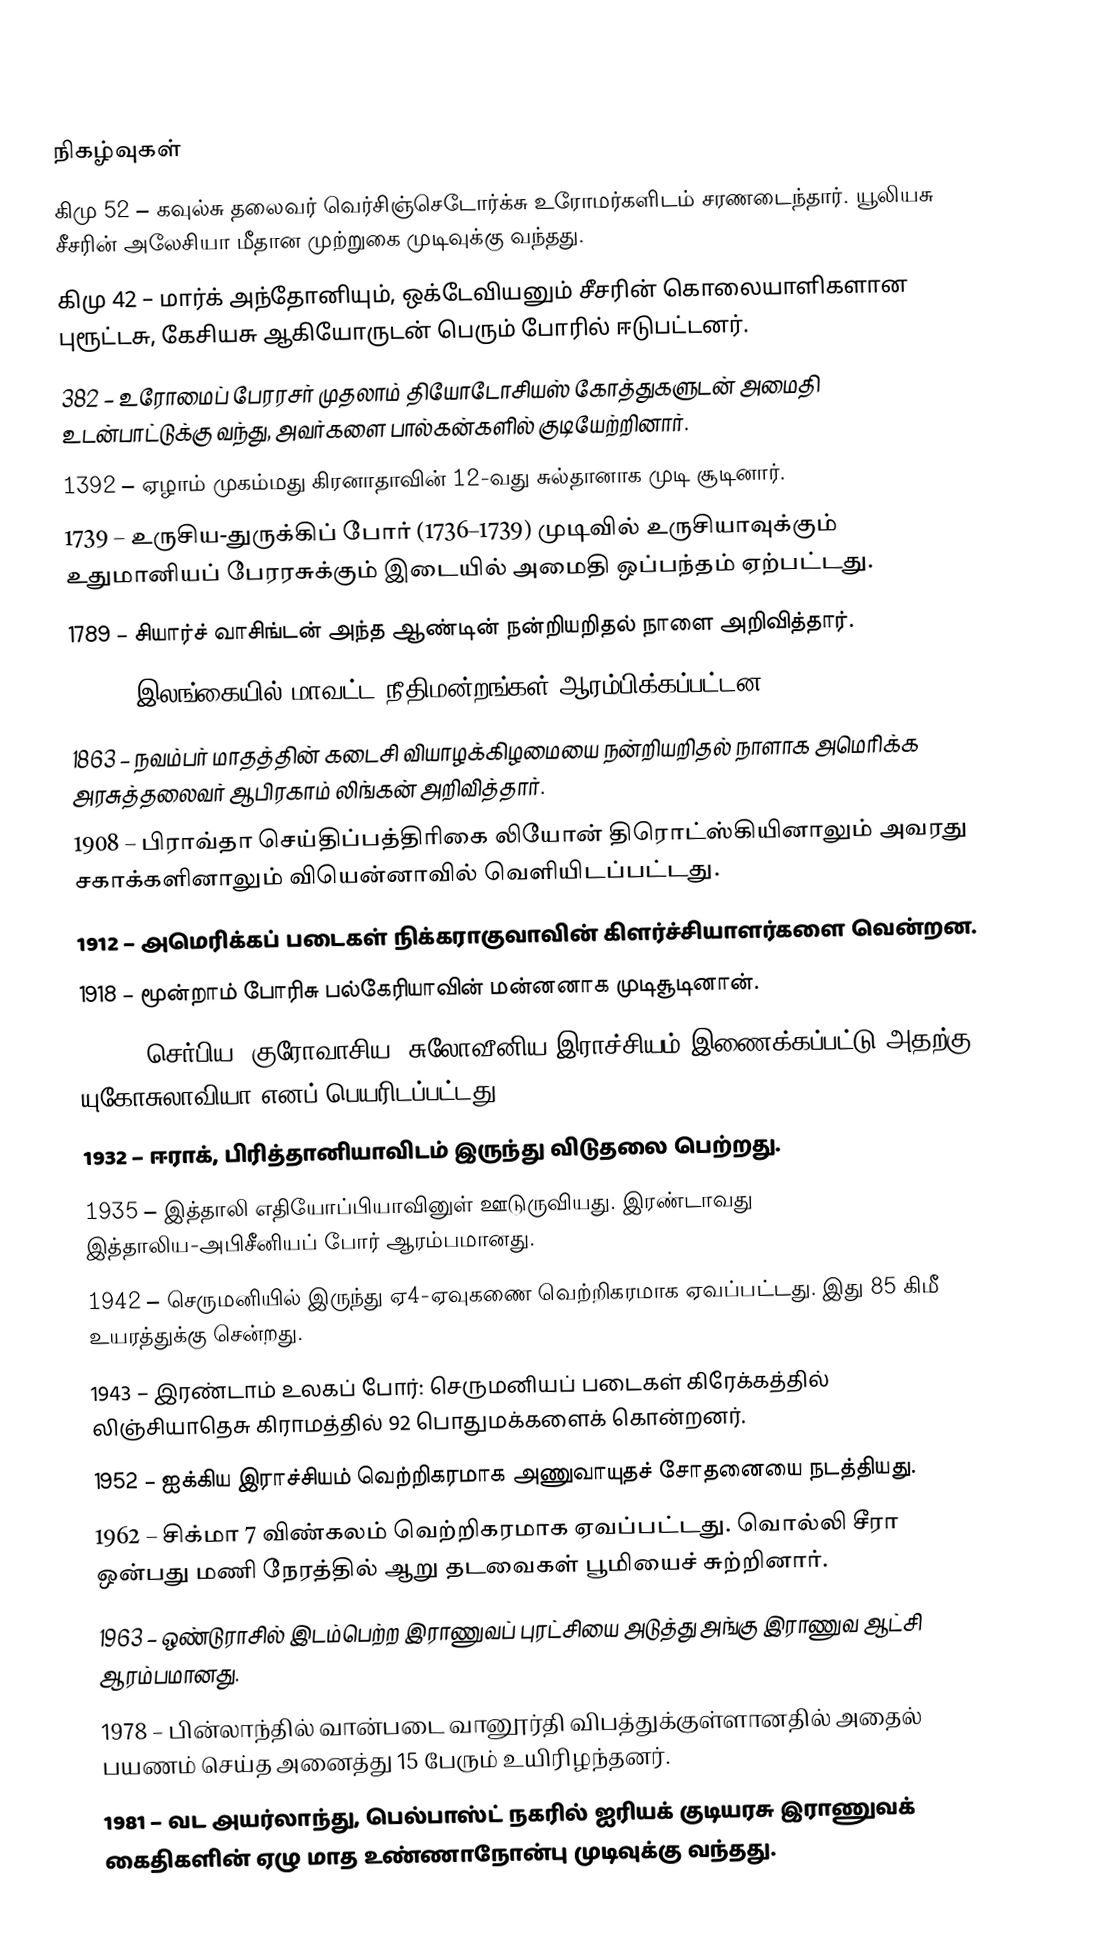

நிகழ்வுகள்
கிமு 52 – கவுல்சு தலைவர் வெர்சிஞ்செடோர்க்சு உரோமர்களிடம் சரணடைந்தார். யூலியசு சீசரின் அலேசியா மீதான முற்றுகை முடிவுக்கு வந்தது.
கிமு 42 – மார்க் அந்தோனியும், ஒக்டேவியனும் சீசரின் கொலையாளிகளான புரூட்டசு, கேசியசு ஆகியோருடன் பெரும் போரில் ஈடுபட்டனர்.
382 – உரோமைப் பேரரசர் முதலாம் தியோடோசியஸ் கோத்துகளுடன் அமைதி உடன்பாட்டுக்கு வந்து, அவர்களை பால்கன்களில் குடியேற்றினார்.
1392 – ஏழாம் முகம்மது கிரனாதாவின் 12-வது சுல்தானாக முடி சூடினார்.
1739 – உருசிய-துருக்கிப் போர் (1736–1739) முடிவில் உருசியாவுக்கும் உதுமானியப் பேரரசுக்கும் இடையில் அமைதி ஒப்பந்தம் ஏற்பட்டது.
1789 – சியார்ச் வாசிங்டன் அந்த ஆண்டின் நன்றியறிதல் நாளை அறிவித்தார்.
1833 – இலங்கையில் மாவட்ட நீதிமன்றங்கள் ஆரம்பிக்கப்பட்டன.
1863 – நவம்பர் மாதத்தின் கடைசி வியாழக்கிழமையை நன்றியறிதல் நாளாக அமெரிக்க அரசுத்தலைவர் ஆபிரகாம் லிங்கன் அறிவித்தார்.
1908 – பிராவ்தா செய்திப்பத்திரிகை லியோன் திரொட்ஸ்கியினாலும் அவரது சகாக்களினாலும் வியென்னாவில் வெளியிடப்பட்டது.
1912 – அமெரிக்கப் படைகள் நிக்கராகுவாவின் கிளர்ச்சியாளர்களை வென்றன.
1918 – மூன்றாம் போரிசு பல்கேரியாவின் மன்னனாக முடிசூடினான்.
1929 – செர்பிய, குரோவாசிய, சுலோவீனிய இராச்சியம் இணைக்கப்பட்டு அதற்கு யுகோசுலாவியா எனப் பெயரிடப்பட்டது.
1932 – ஈராக், பிரித்தானியாவிடம் இருந்து விடுதலை பெற்றது.
1935 – இத்தாலி எதியோப்பியாவினுள் ஊடுருவியது. இரண்டாவது இத்தாலிய-அபிசீனியப் போர் ஆரம்பமானது.
1942 – செருமனியில் இருந்து ஏ4-ஏவுகணை வெற்றிகரமாக ஏவப்பட்டது. இது 85 கிமீ உயரத்துக்கு சென்றது.
1943 – இரண்டாம் உலகப் போர்: செருமனியப் படைகள் கிரேக்கத்தில் லிஞ்சியாதெசு கிராமத்தில் 92 பொதுமக்களைக் கொன்றனர்.
1952 – ஐக்கிய இராச்சியம் வெற்றிகரமாக அணுவாயுதச் சோதனையை நடத்தியது.
1962 – சிக்மா 7 விண்கலம் வெற்றிகரமாக ஏவப்பட்டது. வொல்லி சீரா ஒன்பது மணி நேரத்தில் ஆறு தடவைகள் பூமியைச் சுற்றினார்.
1963 – ஒண்டுராசில் இடம்பெற்ற இராணுவப் புரட்சியை அடுத்து அங்கு இராணுவ ஆட்சி ஆரம்பமானது.
1978 – பின்லாந்தில் வான்படை வானூர்தி விபத்துக்குள்ளானதில் அதைல் பயணம் செய்த அனைத்து 15 பேரும் உயிரிழந்தனர்.
1981 – வட அயர்லாந்து, பெல்பாஸ்ட் நகரில் ஐரியக் குடியரசு இராணுவக் கைதிகளின் ஏழு மாத உண்ணாநோன்பு முடிவுக்கு வந்தது.